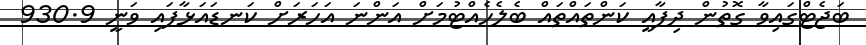
ބަޖެޓްގައިވާ ގޮތުން ދިފާއީ ކަންތައްތައް ބެލެހެއްޓުމަށް އަންނަ އަހަރަށް ކަނޑައަޅާފައި ވަނީ 930.9